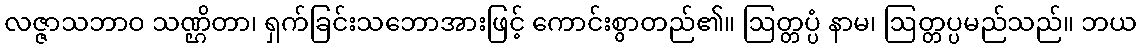
လဇ္ဇာသဘာဝ သဏ္ဌိတာ၊ ရှက်ခြင်းသဘောအားဖြင့် ကောင်းစွာတည်၏။ ဩတ္တပ္ပံ နာမ၊ ဩတ္တပ္ပမည်သည်။ ဘယ